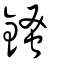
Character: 𨪊